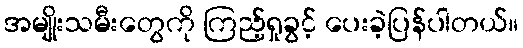
အမျိုးသမီးတွေကို ကြည့်ရှုခွင့် ပေးခဲ့ပြန်ပါတယ်။